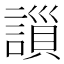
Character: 𧫇